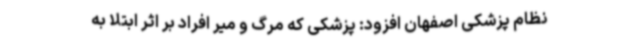
نظام پزشکی اصفهان افزود: پزشکی که مرگ و میر افراد بر اثر ابتلا به